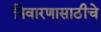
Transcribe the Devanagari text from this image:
निवारणासाठीचे